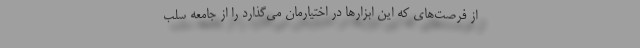
از فرصت‌های که این ابزارها در اختیارمان می‌گذارد را از جامعه سلب